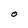
Character: O